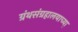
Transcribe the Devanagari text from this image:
ग्रंथसंग्रहालयाच्या़